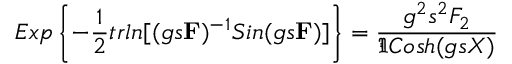
E x p \left\{ - \frac { 1 } { 2 } t r l n [ ( g s { \bf F } ) ^ { - 1 } S i n ( g s { \bf F } ) ] \right\} = \frac { g ^ { 2 } s ^ { 2 } { \cal F } _ { 2 } } { \Im C o s h ( g s X ) }